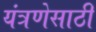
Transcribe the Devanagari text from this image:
यंत्रणेसाठी